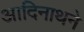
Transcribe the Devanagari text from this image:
आदिनाथने